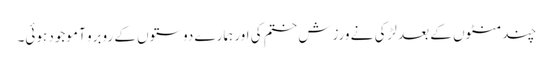
چند منٹوں کے بعد لڑکی نے ورزش ختم کی اور ہمارے دوستوں کے روبرو آ موجود ہوئی۔